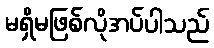
မရှိမဖြစ်လိုအပ်ပါသည်